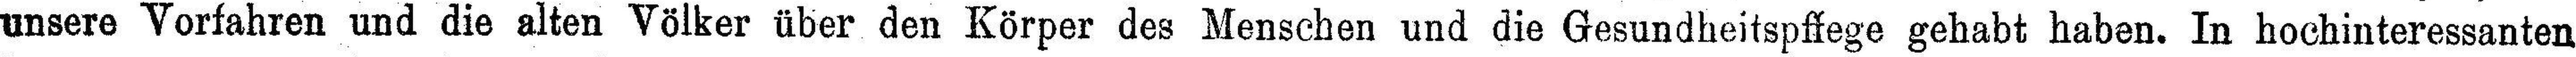
unsere Vorfahren und die alten Völker über den Körper des Menschen und die Gesundheitspflege gehabt haben. In hochinteressanten